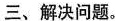
三、解决问题。